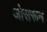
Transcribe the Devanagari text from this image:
ओसरून